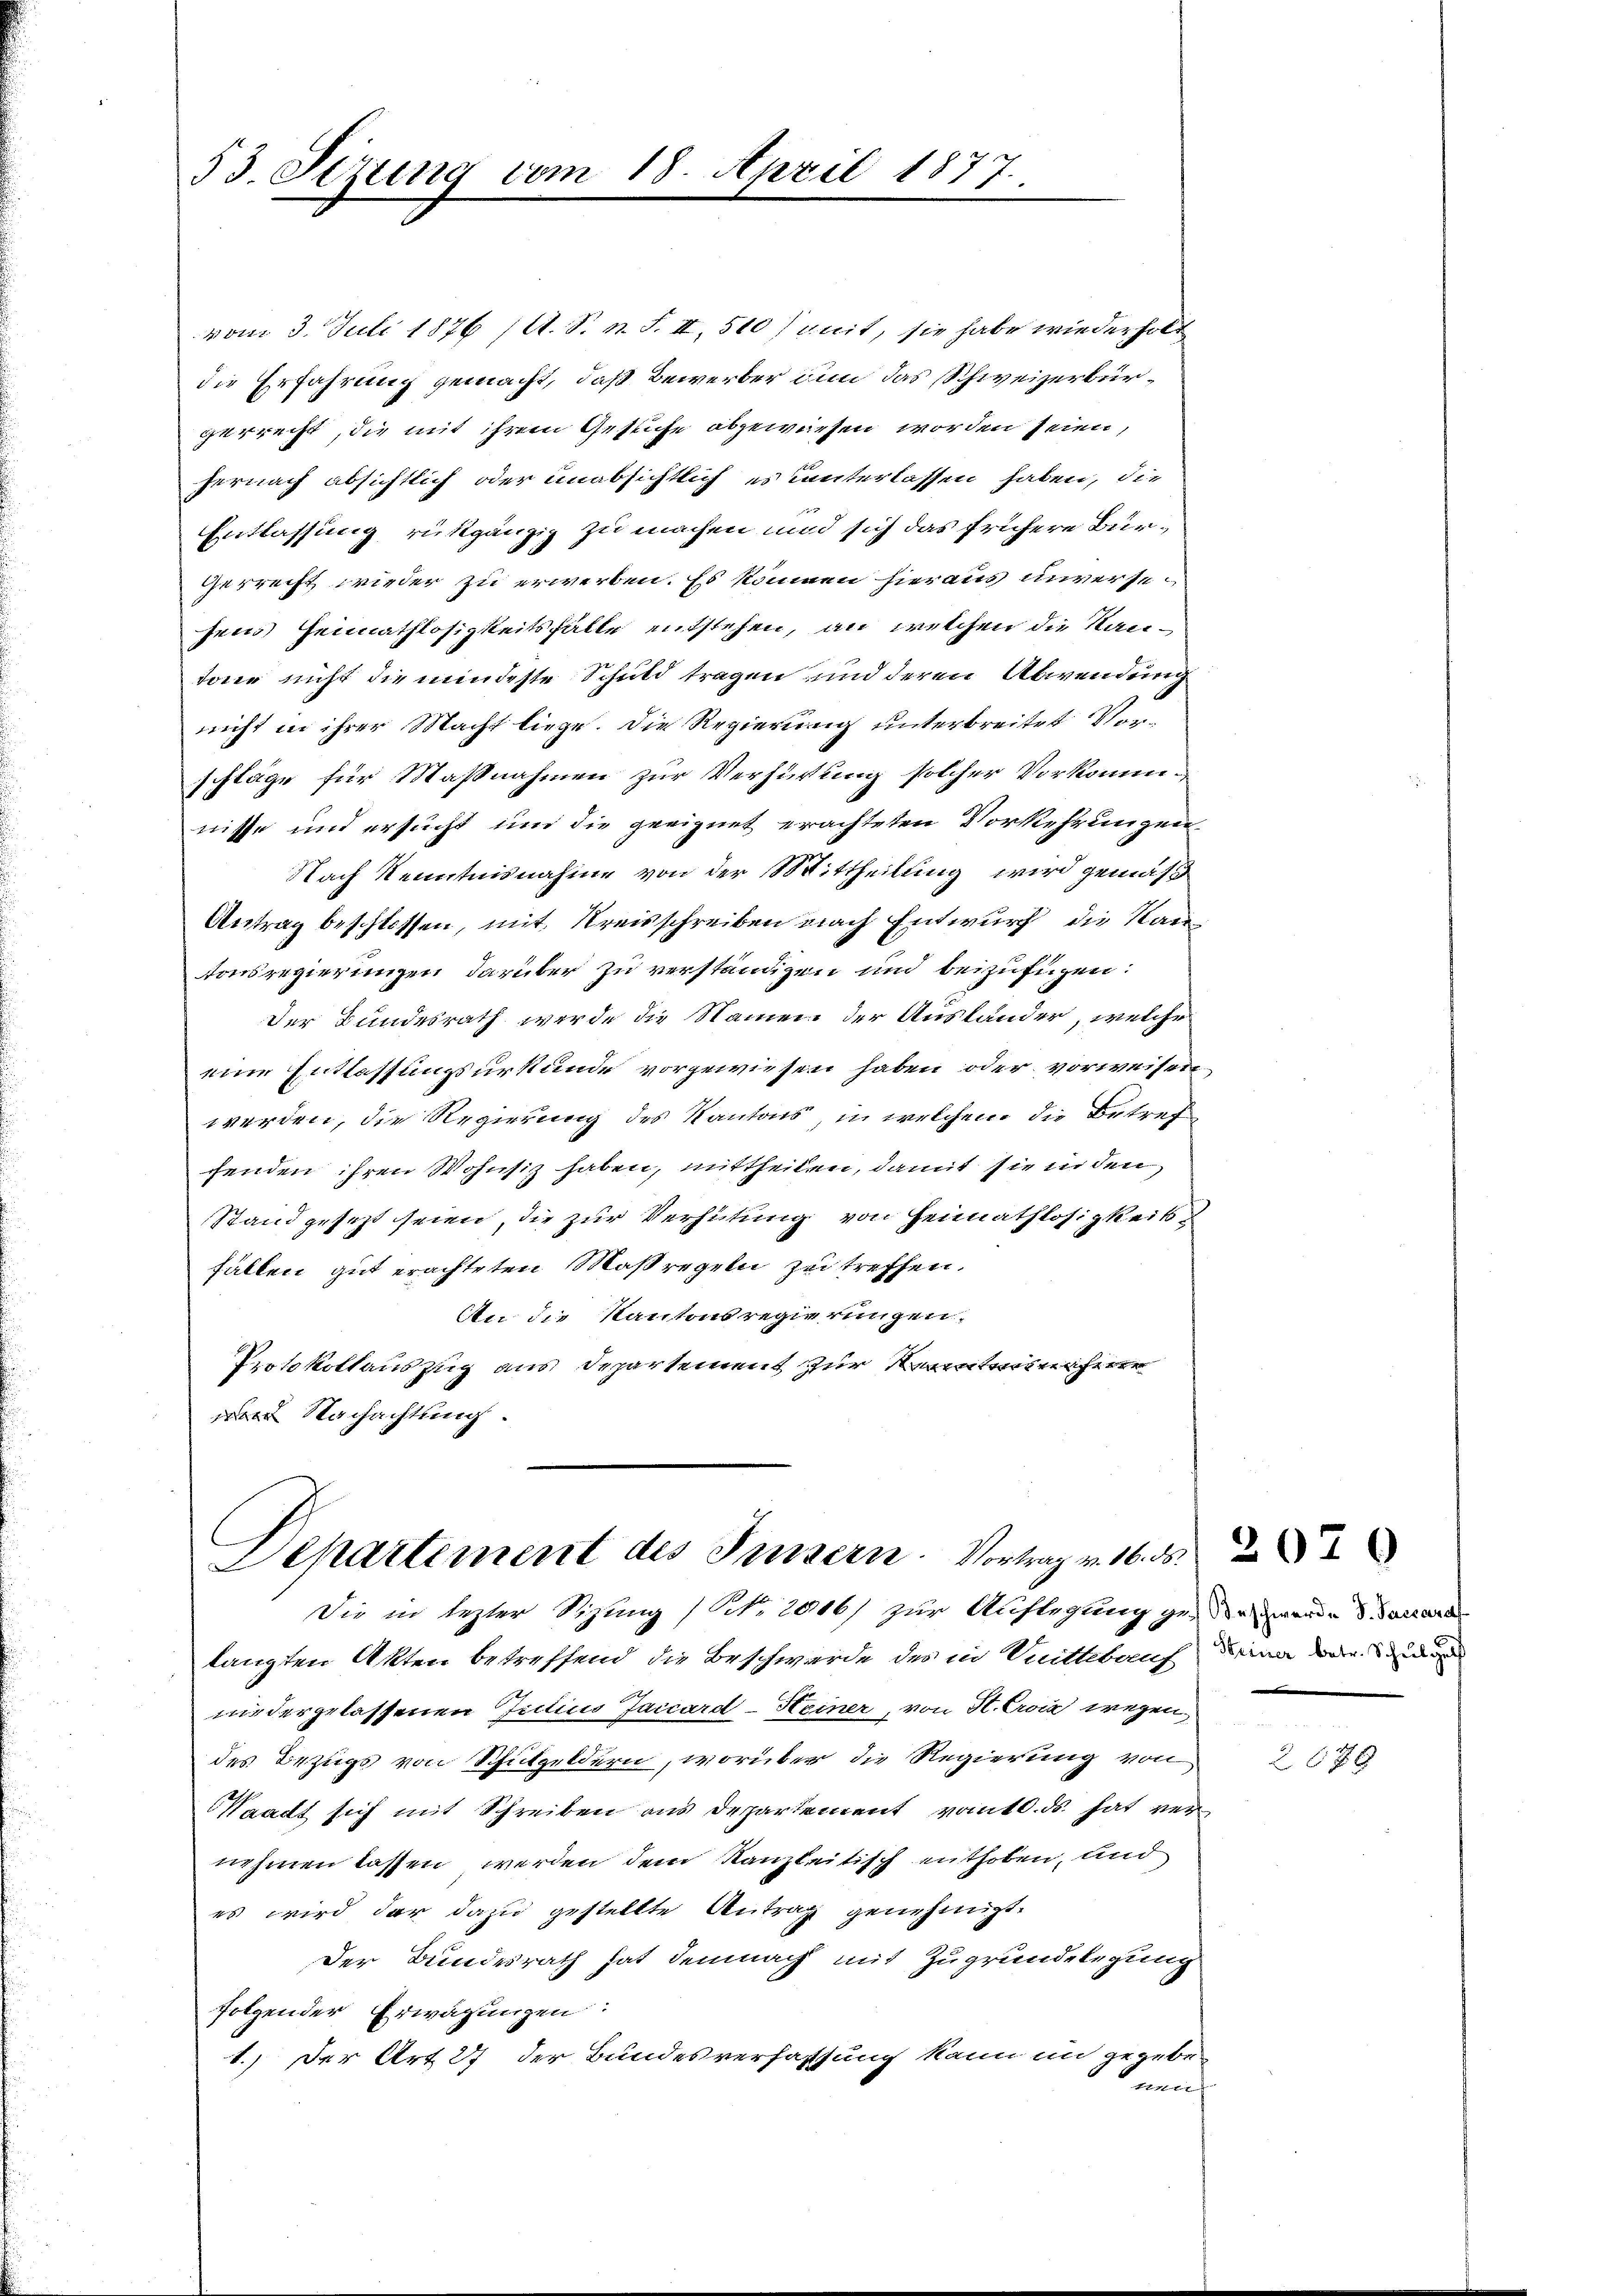
53. Sezung vom 18. April 1877.

vom 3. Juli 1876 (A. S. n. F. II, 510 / nit, sie habe wiederholt
die Erfahrung gemacht, daß Bewerber dem das Schweizerbürgerrecht, die mit ihren Gesuche abgewiesen worden seien,
hernach absichtlich oder unabsichtlich es unterlassen haben, die
x
Entlassung rükgängig zu machen und sich das frühere Bürgerrecht wieder zu erwerben. Es können hieraus unversesem Heimathlosigkeitsfälle entstehen, an welchen die Kantarer nicht die mindeste Schuld tragen und deren Abwendung
nicht in ihrer Macht liege. Die Regierung unterbreitet Vorschläge für Maßnahmen zur Verhärtung solcher Vorkommnisse und ersucht und die geeignet erachteten Vorkehrungen
Nach Kenntnisnahme von der Mittheilung wird gemäß
Antrag beschlossen, mit Kreisschreiben nach Entwurf die Kan
tonsregierungen darüber zu verständigen und beizufügen:
Der Bundesrath werde die Namen der Ausländer, welche
eine Entlassungsurkunde vorgewiesen haben oder vorweisen,
werden, die Regierung des Kantons, in welchem die Betrefchenden ihren Wohnsitz haben, mittheilen, damit sie in den
Stand gesezt seien, die zur Verhütung von Heimathlosigkeits
fällen gut erachteten Maßregeln zu treffen.
An die Kantonsregierungen.
Protokollauszug aus Departement zur Kenntnis nicht er
 Nachachtung.

Departement des Frisern. Vortrag v. 16. ds.
Die in lezter Sihung (Art. 2806/ zur Auflegung gegen werde & Bauard

langten Akten betreffend die Beschwerde des in Mittelauf denn der
niedergelassenen Julius Jaccard-Heiner, von St. Croix wegendes Bezugs von Schulgeldern, worüber die Regierung von
Waadt sich mit Schreiben aus Departement vom 10. ds. hat vernehmen lassen werden dem Kanzleitisch enthoben, und
es wird der dazu gestellte Antrag genehmigt.
Der Bundesrath hat demnach mit Zugrundelegung
folgender Erwägungen:
1.) Der Art. 27 der Bundesverfassung kann in gegeben
mors

2070

2679